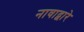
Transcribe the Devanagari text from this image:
नावाद्वारे